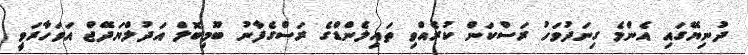
ދުނިޔޭގައި އެންމެ ގިނަދުވަހު ރަސްކަން ކުރެއްވި ތައިލެންޑްގެ ރަސްގެފާނު ބޫމިބޮލް އަދުލްޔަދޭޖް އަވަހާރަވީ